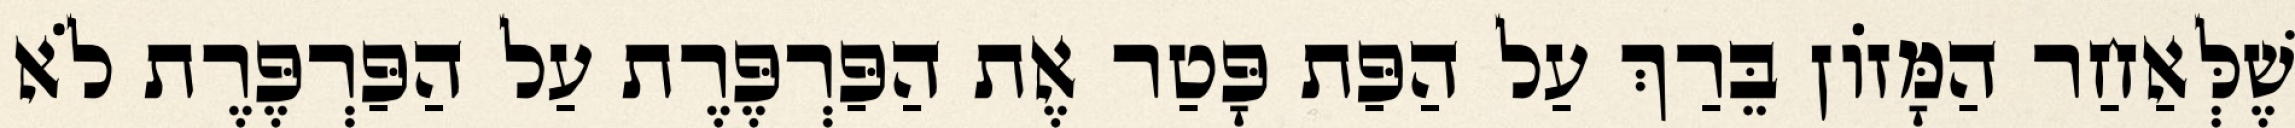
שֶׁלְּאַחַר הַמָּזוֹן בֵּרַךְ עַל הַפַּת פָּטַר אֶת הַפַּרְפֶּרֶת עַל הַפַּרְפֶּרֶת לֹא